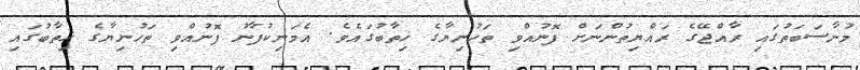
މުނާސަބަތުގައި ރާއްޖޭގެ ރައްޔިތުންނަށް ފޮނުއްވި ތަހުނިޔާގެ ޚިތާބުގައެވެ. އެމަނިކުފާނު ފޮނުއްވި ތަހުނިޔާގެ ޚިތާބުގައި